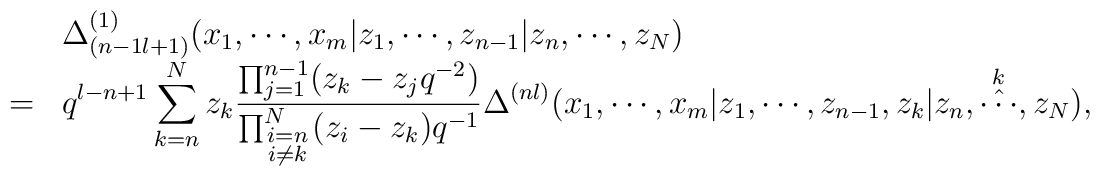
\begin{array}{cl}&\Delta_{(n-1 l+1)}^{(1)}(x_1,\cdots,x_m|z_1,\cdots,z_{n-1}|z_n,\cdots,z_N) \\=&\displaystyle q^{l-n+1}\sum_{k=n}^{N} z_k\frac{\prod_{j=1}^{n-1}(z_k-z_j q^{-2})}{\prod_{\scriptstyle{i=n}\atop \scriptstyle{i\ne k}}^{N} (z_i-z_k)q^{-1}}\Delta^{(n l)}(x_1,\cdots,x_m|z_1,\cdots, z_{n-1},z_k|z_{n},\mathop{\hat{\cdots}}^{k},z_N), \end{array}